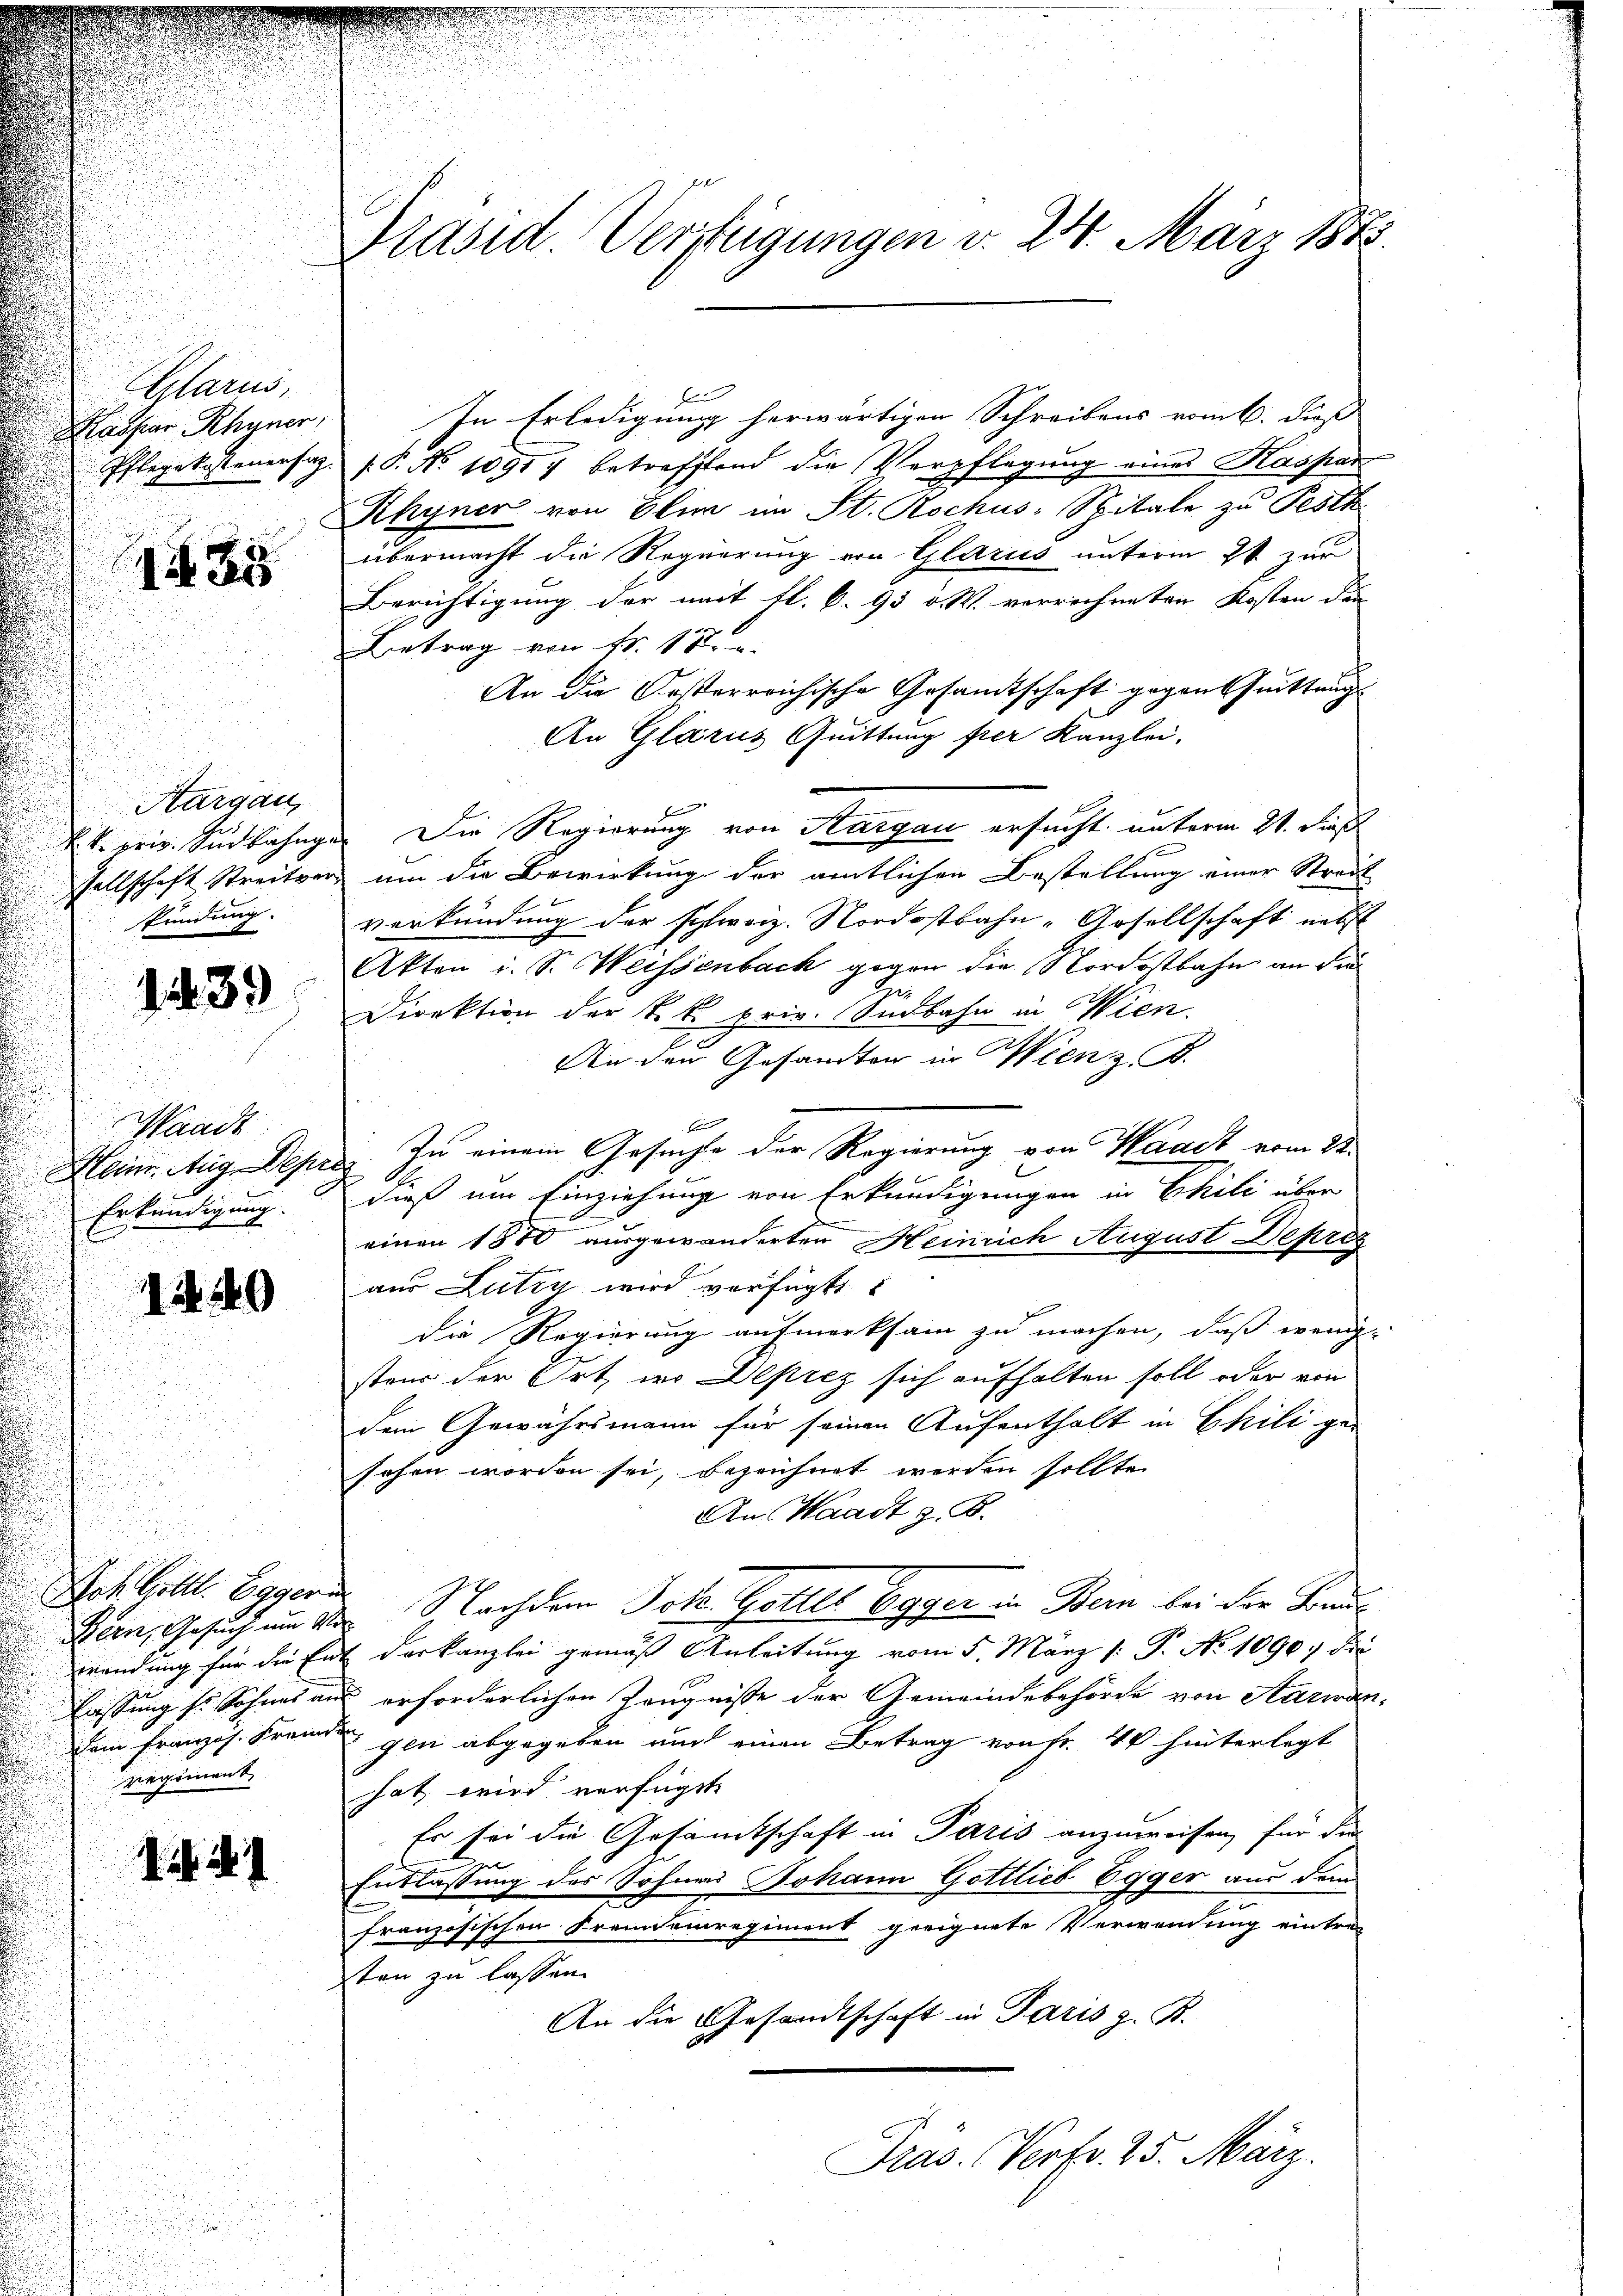
lar,
Kasser Rhyner
Pflegekostenersag
C
135

Waadt
Erkundigung.
1440

Aargau,
skündung.

1239

i. d. 1

Bern, Gesuch um Ver
regiment

Präsid. Verfügungen v. 24. März 1875.

In Erledigung herwärtigen Schreibens vom 6. dies
[.P. No 1091) betreffend die Verpflegung eines Kaspar
Rhyner von Elim im St. Rochus-Spitale zu Pesth
übermacht die Regierung von Glarus unterm 2t zur
Berichtigung der mit fl. C. 93 v. M. verrechneten Kosten den
Betrag von Fr. 172
An die Oesterreichische Gesamtschaft gegen Punkten
An Glarus Quittung fier Kanzlei.
f
k. priv. Südbahnge. Die Regierung von Aargau ersucht unterm 21. Sep
sellschaft Streiter um die Bewirkung der amtlichen Bestellung einer Streit
verkündung der schweiz. Nordostbahn-Gesellschaft nebst
Akten i. S. Weissenbach gegen die Nordostbahn an die
be
Direktion der k. k. priv. Sndbahn in Wien.
An den Gesandten in Wien z. B.
f
Heim Aug Depres zu einem Gesuche der Regierung von Waadt vom 22.
dieß um Einziehung von Erkundigungen in Phili über
einen 1880 ausgewanderten Heinrich August Depres
aus Lutry wird verfügt
die Regierung aufmerksam zu machen, daß wenig-
stens der Ort, wo Deprez sich aufhalten soll oder von
dem Gewährsmann für seinen Aufenthalt in Chili ge-
sehen worden sei, bezeichnet werden sollte.
An Waadt z. B.
Joh Gott. Egger Nachdem Joh. Gotter Egger in Bern bei der Bauwendung für die Ent der kanzlei gemäß Anleitung vom 5. März /: P. No 1090. Die
lassung so Schnet aus erforderlichen Zeugnisse der Gemeindebehörde von Aarwan¬
Dem Französ. Fremde gen abgegeben auch einen Betrag von Fr. 40 hinterlegt
hat wird verfügt
Er sei die Gesamtschaft in Paris anzuweisen, für die
Entlassung des Sohnes Johann Gottlieb Egger aus dem
französischen Freuneinregiment geeignete Verwendung eintre-
sten zu lassen.
An die Gesandtschaft in Paris z. B.

Pras. Verfr. 25. März.